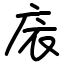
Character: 庡